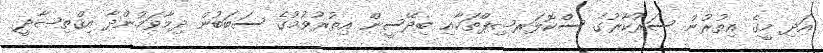
އަދި މީގެ އިތުރުން ސަރުކާރުގެ ސްކޮލަރޝިޕްތަކާއި ބިދޭސީން އިތުރުވުމުގެ ސަބަބުން ދިމާވަމުންދާ އިޤްތިޞާދީ